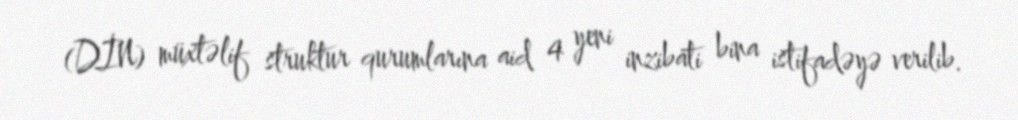
(DİN) müxtəlif struktur qurumlarına aid 4 yeni inzibati bina istifadəyə verilib.